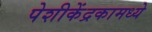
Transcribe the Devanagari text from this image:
पेशीकेंद्रकामध्ये